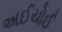
અઈયોઈ